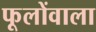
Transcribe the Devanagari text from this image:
फूलोंवाला